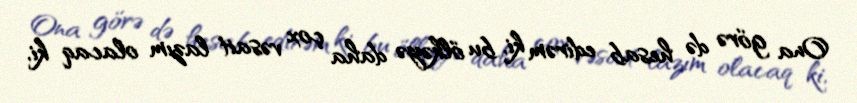
Ona görə də hesab edirəm ki, bu ölkəyə daha çox vəsait lazım olacaq ki,